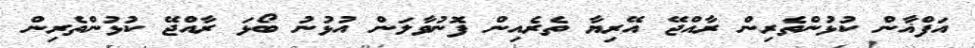
އަފްޣާން ކުޅުންތެރިން ރާއްޖޭ އޭރިޔާ ތެރެއިން ފޮނުވާލަން އުޅުނު ބޯޅަ ރާއްޖޭ ކުޅުންތެރިން